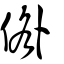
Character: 倃